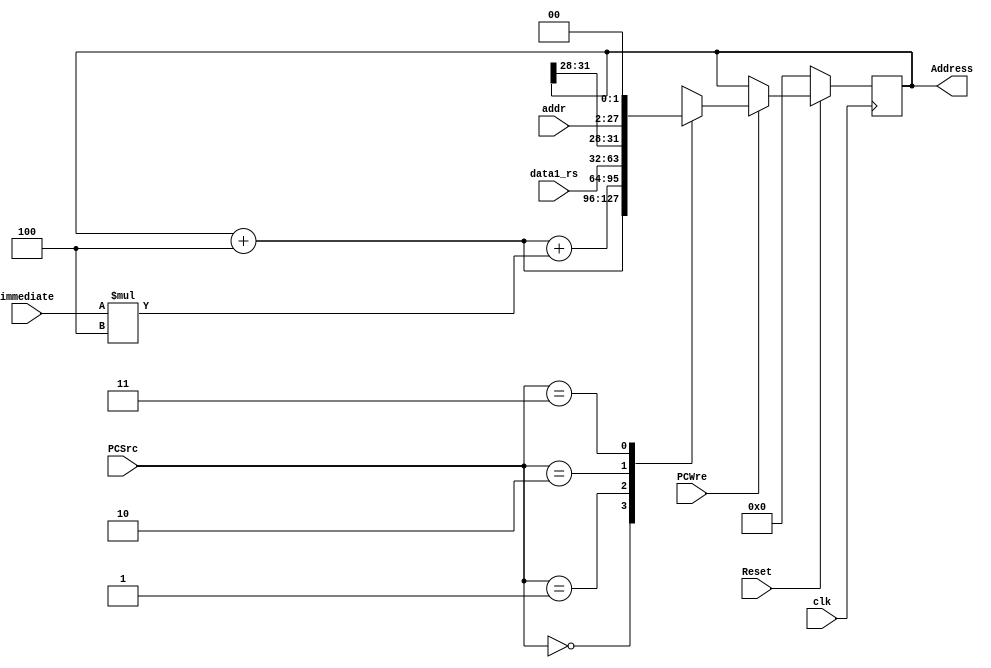
`timescale 1ns / 1ps
//////////////////////////////////////////////////////////////////////////////////
// Company: 
// Engineer: 
// 
// Design Name: 
// Module Name: PC
// Project Name: 
// Target Devices: 
// Tool Versions: 
// Description: 
// 
// Dependencies: 
// 
// Revision:
// Revision 0.01 - File Created
// Additional Comments:
// 
//////////////////////////////////////////////////////////////////////////////////


module PC(
    input clk,
    input Reset,
    input PCWre,
    input [1:0] PCSrc,
    input [31:0] immediate, //ExtOut
    input [25:0] addr,
    input [31:0] data1_rs,
    output reg [31:0] Address
    );
    initial begin
        Address = 0;
    end

    always @(negedge clk)  
    begin
        if (Reset == 0) begin
            Address <= 0;
        end  
        else begin 
            if (PCWre) begin
                case(PCSrc)
                    2'b00: Address <= Address + 4;
                    2'b01: Address <= Address + 4 + (immediate * 4);
                    2'b10: Address <= data1_rs;
                    2'b11: begin
                        Address <= Address + 4;
                        Address <= {Address[31:28], addr, 2'b00};
                    end
                endcase
            end
        end
    end
endmodule